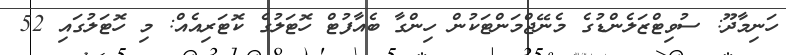
ހަނިމާދޫ: ސުވިޓްޒަލެންޑުގެ މެނޭޖްމަންޓަކުން ހިންގާ ބެއާފުޓް ހޮޓަލުގެ ކޮޓަރިއެއް: މި ހޮޓަލުގައި 52